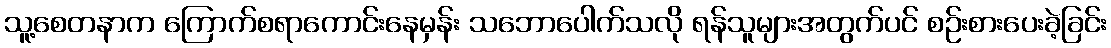
သူ့စေတနာက ကြောက်စရာကောင်းနေမှန်း သဘောပေါက်သလို ရန်သူများအတွက်ပင် စဉ်းစားပေးခဲ့ခြင်း